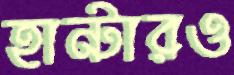
হান্টারও